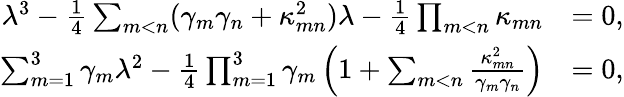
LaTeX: \begin{array}{rl}{\lambda^{3}-\frac{1}{4}\sum_{m<n}(\gamma_{m}\gamma_{n}+\kappa_{mn}^{2})\lambda-\frac{1}{4}\prod_{m<n}\kappa_{mn}}&{=0,}\\ {\sum_{m=1}^{3}\gamma_{m}\lambda^{2}-\frac{1}{4}\prod_{m=1}^{3}\gamma_{m}\left(1+\sum_{m<n}\frac{\kappa_{mn}^{2}}{\gamma_{m}\gamma_{n}}\right)}&{=0,}\end{array}